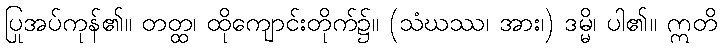
ပြုအပ်ကုန်၏။ တတ္ထ၊ ထိုကျောင်းတိုက်၌။ (သံဃဿ၊ အား၊) ဒမ္မိ၊ ပါ၏။ ဣတိ